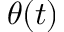
\theta ( t )